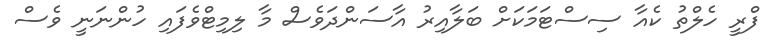
ފްރީ ހެލްތު ކެއާ ސިސްޓަމަކަށް ބަލާއިރު އާސަންދަވެސް މާ ލިމިޓްވެފައި ހުންނަނީ ވެސް